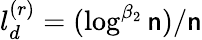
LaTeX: l_{d}^{(r)}=(\log^{\beta_{2}}\mathsf{n})/\mathsf{n}